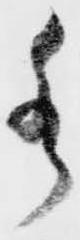
水